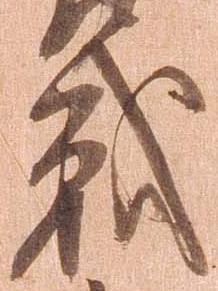
戦